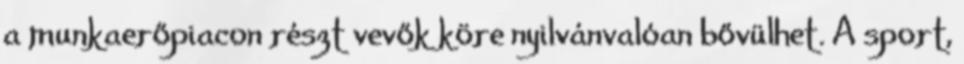
a munkaerőpiacon részt vevők köre nyilvánvalóan bővülhet. A sport,